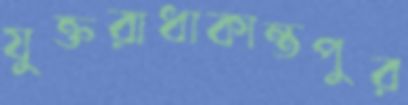
যুক্তরাধাকান্তপুর